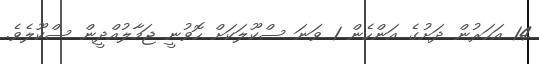
14 އަހަރުން ދަށުގެ އަންހެން 1 ވަނަ ސްކޫލަކަށް ހޮވުނީ ޖަމާލުއްދީން ސްކޫލެވެ.